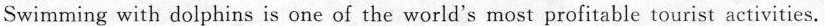
Swimming with dolphins is one of the world's most profitable tourist activities.